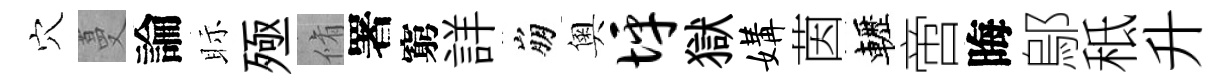
穴蔓論眎殛脩署窮詳崩奧坪獄媾茵轣啻晦鄔秪升